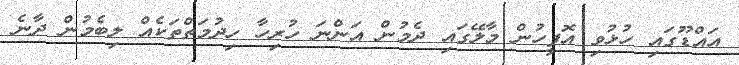
އައްޑޫގައި ހުޅުވި އޮފީހުން މާލޭގައި ދެމުން އަންނަ ހުރިހާ ހިދުމަތްތަކެއް ލިބެމުން ދާނެ